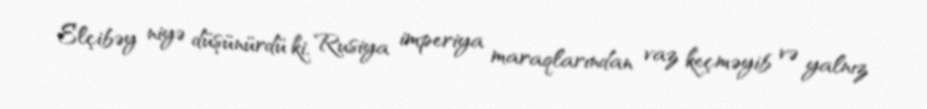
Elçibəy niyə düşünürdü ki, Rusiya imperiya maraqlarından vaz keçməyib və yalnız